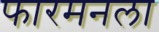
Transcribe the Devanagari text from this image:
फारमनला